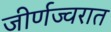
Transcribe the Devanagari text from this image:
जीर्णज्वरात